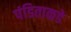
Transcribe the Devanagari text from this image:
पंडिताकडे